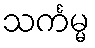
သင်္ကမ္မ